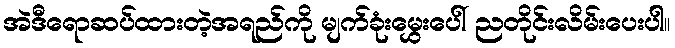
အဲဒီရောဆပ်ထားတဲ့အရည်ကို မျက်ခုံးမွှေးပေါ် ညတိုင်းလိမ်းပေးပါ။